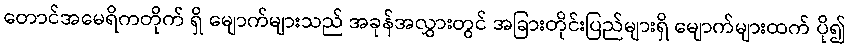
တောင်အမေရိကတိုက် ရှိ မျောက်များသည် အခုန်အလွှားတွင် အခြားတိုင်းပြည်များရှိ မျောက်များထက် ပို၍